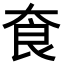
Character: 𡘳